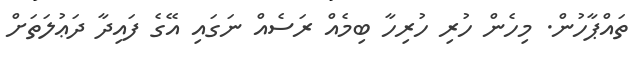
ތައްޕާހުން. މިހެން ހުރި ހުރިހާ ބިމެއް ރަސެއް ނަގައި އޭގެ ފައިދާ ދަޢުލަތަށް